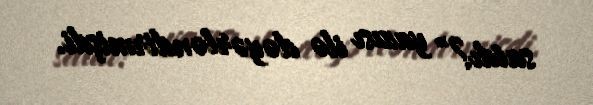
satdı?” yazısı ilə dəyərləndirmişdi.